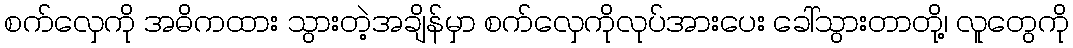
စက်လှေကို အဓိကထား သွားတဲ့အချိန်မှာ စက်လှေကိုလုပ်အားပေး ခေါ်သွားတာတို့၊ လူတွေကို